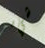
شيء